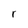
Character: r